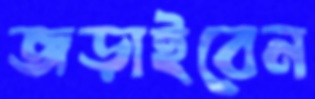
জড়াইবেন